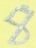
Text: 8